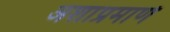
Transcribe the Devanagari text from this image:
अशाप्रमाणे